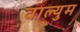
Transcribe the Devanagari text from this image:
वाल्युम